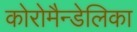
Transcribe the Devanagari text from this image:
कोरोमैन्डेलिका